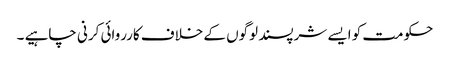
حکومت کو ایسے شرپسند لوگوں کے خلاف کارروائی کرنی چاہیے ۔